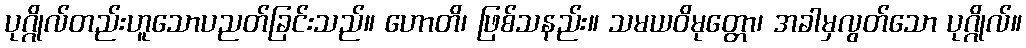
ပုဂ္ဂိုလ်တည်းဟူသောပညတ်ခြင်းသည်။ ဟောတိ၊ ဖြစ်သနည်း။ သမယဝိမုတ္တော၊ အခါမှလွတ်သော ပုဂ္ဂိုလ်။